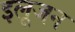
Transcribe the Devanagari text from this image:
इलूजन